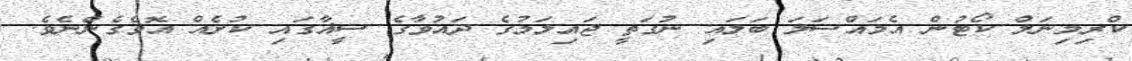
ކްރިމިނަލް ކޯޓުން އެމައްސަލަ ބަލައި ނުގަތީ ޖައިލަމުގެ ދައުވާގެ ސީޣާގައި ކުށެއް އޮވެގެންނެވެ.